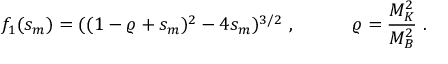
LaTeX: f _ { 1 } ( s _ { m } ) = ( ( 1 - \varrho + s _ { m } ) ^ { 2 } - 4 s _ { m } ) ^ { 3 / 2 } ~ , \qquad \quad \varrho = \frac { M _ { K } ^ { 2 } } { M _ { B } ^ { 2 } } ~ .